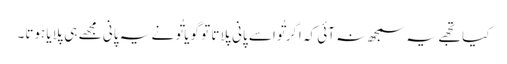
کیا تجھے یہ سمجھ نہ آئی کہ اگر تُواسے پانی پلاتا تو گویا تُو نے یہ پانی مجھے ہی پلایا ہوتا۔